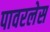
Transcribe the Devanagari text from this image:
पावरलेस